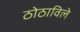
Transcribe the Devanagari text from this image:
ठोठाविले